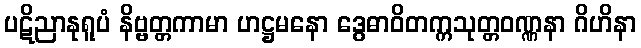
ပဋိညာနုရူပံ နိဗ္ဗတ္တကာမာ ဟဋ္ဌမနော ဒွေဓာဝိတက္ကသုတ္တဝဏ္ဏနာ ဂိဟိနာ